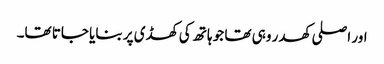
اور اصلی کھدر وہی تھا جو ہاتھ کی کھڈی پر بنایا جاتا تھا۔